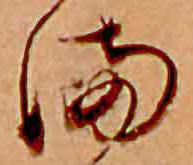
ま